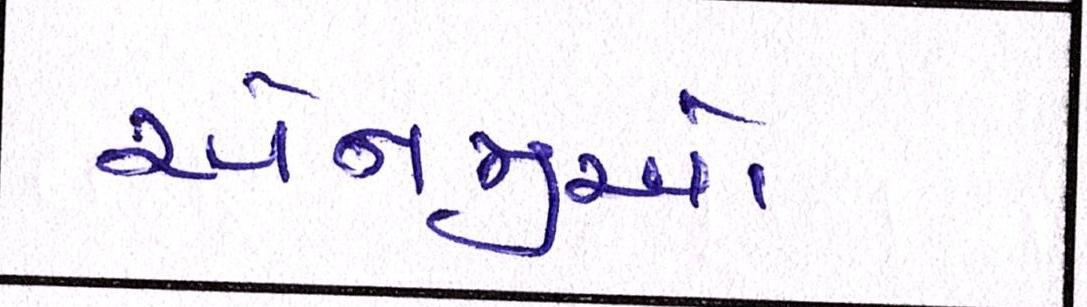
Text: એનજીઓ